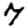
Digit: 7